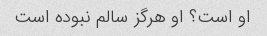
او است؟ او هرگز سالم نبوده است